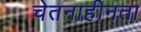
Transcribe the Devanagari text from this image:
चेतनाहीनता